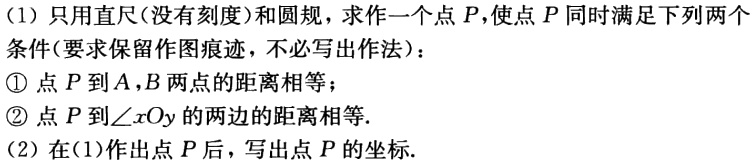
(1) 只用直尺(没有刻度)和圆规，求作一个点\(P\)，使点\(P\)同时满足下列两个条件(要求保留作图痕迹，不必写出作法)：
\textcircled{1} 点\(P\)到\(A,B\)两点的距离相等；
\textcircled{2} 点\(P\)到\(\angle xOy\)的两边的距离相等.
(2) 在(1)作出点\(P\)后，写出点\(P\)的坐标.